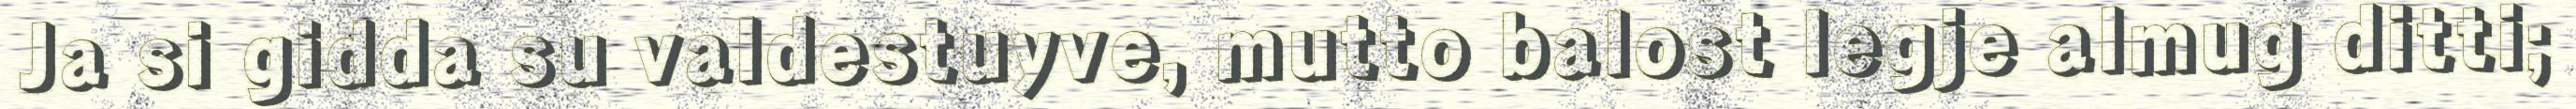
Ja si gidda su valdestuyve, mutto balost legje almug ditti;